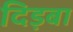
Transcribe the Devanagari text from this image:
दिड़बा